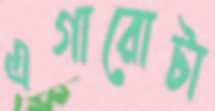
এগারোটা